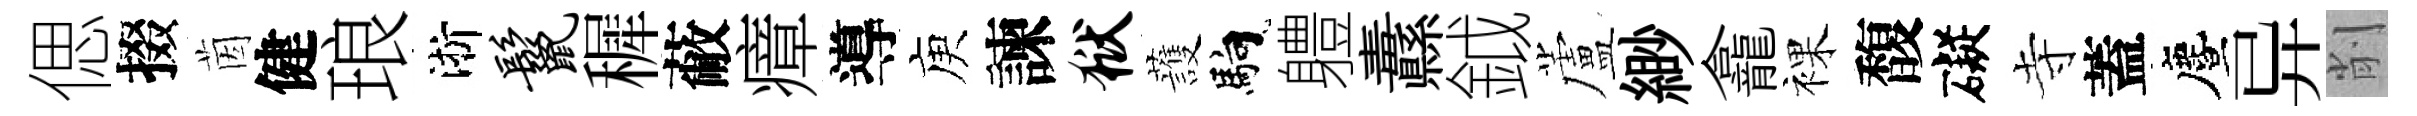
偲掇茵健琅淅鬣穉蔽瘴導庾諫狱䕶馿軆纛鉞蘆緲龕裸馥礙寺蓋󵨌异削